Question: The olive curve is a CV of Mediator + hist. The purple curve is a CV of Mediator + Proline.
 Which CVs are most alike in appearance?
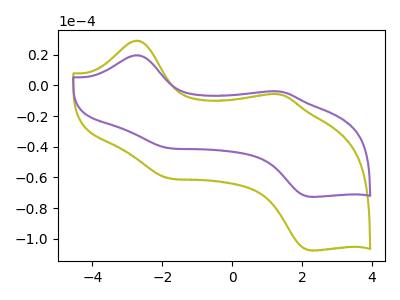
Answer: <think>The olive curve "Mediator + hist" has anodic peaks at (-2.75V, 29.25uA) (1.35V, -5.75uA) and cathodic peaks at (-1.85V, -60.50uA) (2.25V, -107.70uA). The purple curve "Mediator + Proline" has anodic peaks at (-2.75V, 19.75uA) (1.35V, -3.90uA) and cathodic peaks at (-1.85V, -40.85uA) (2.25V, -72.70uA).
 All the peaks in "Mediator + hist" have a peak in "Mediator + Proline" at the same potential.</think>
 <answer>"Mediator + Proline" and "Mediator + hist" have the same shape and are likely CV's of the same chemical.</answer>
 <eval>"Mediator + Proline" "Mediator + hist"</eval>